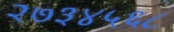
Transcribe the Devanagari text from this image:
२७३४५६८